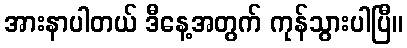
အားနာပါတယ် ဒီနေ့အတွက် ကုန်သွားပါပြီ။